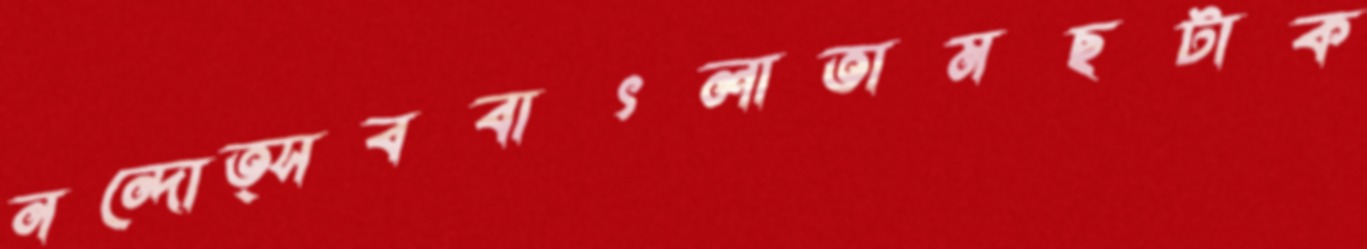
নন্দোত্সববাৎলাতামছটাক